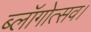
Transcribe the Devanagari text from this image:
ब्लॉगोत्सव।